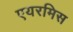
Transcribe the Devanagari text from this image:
एयरमिस